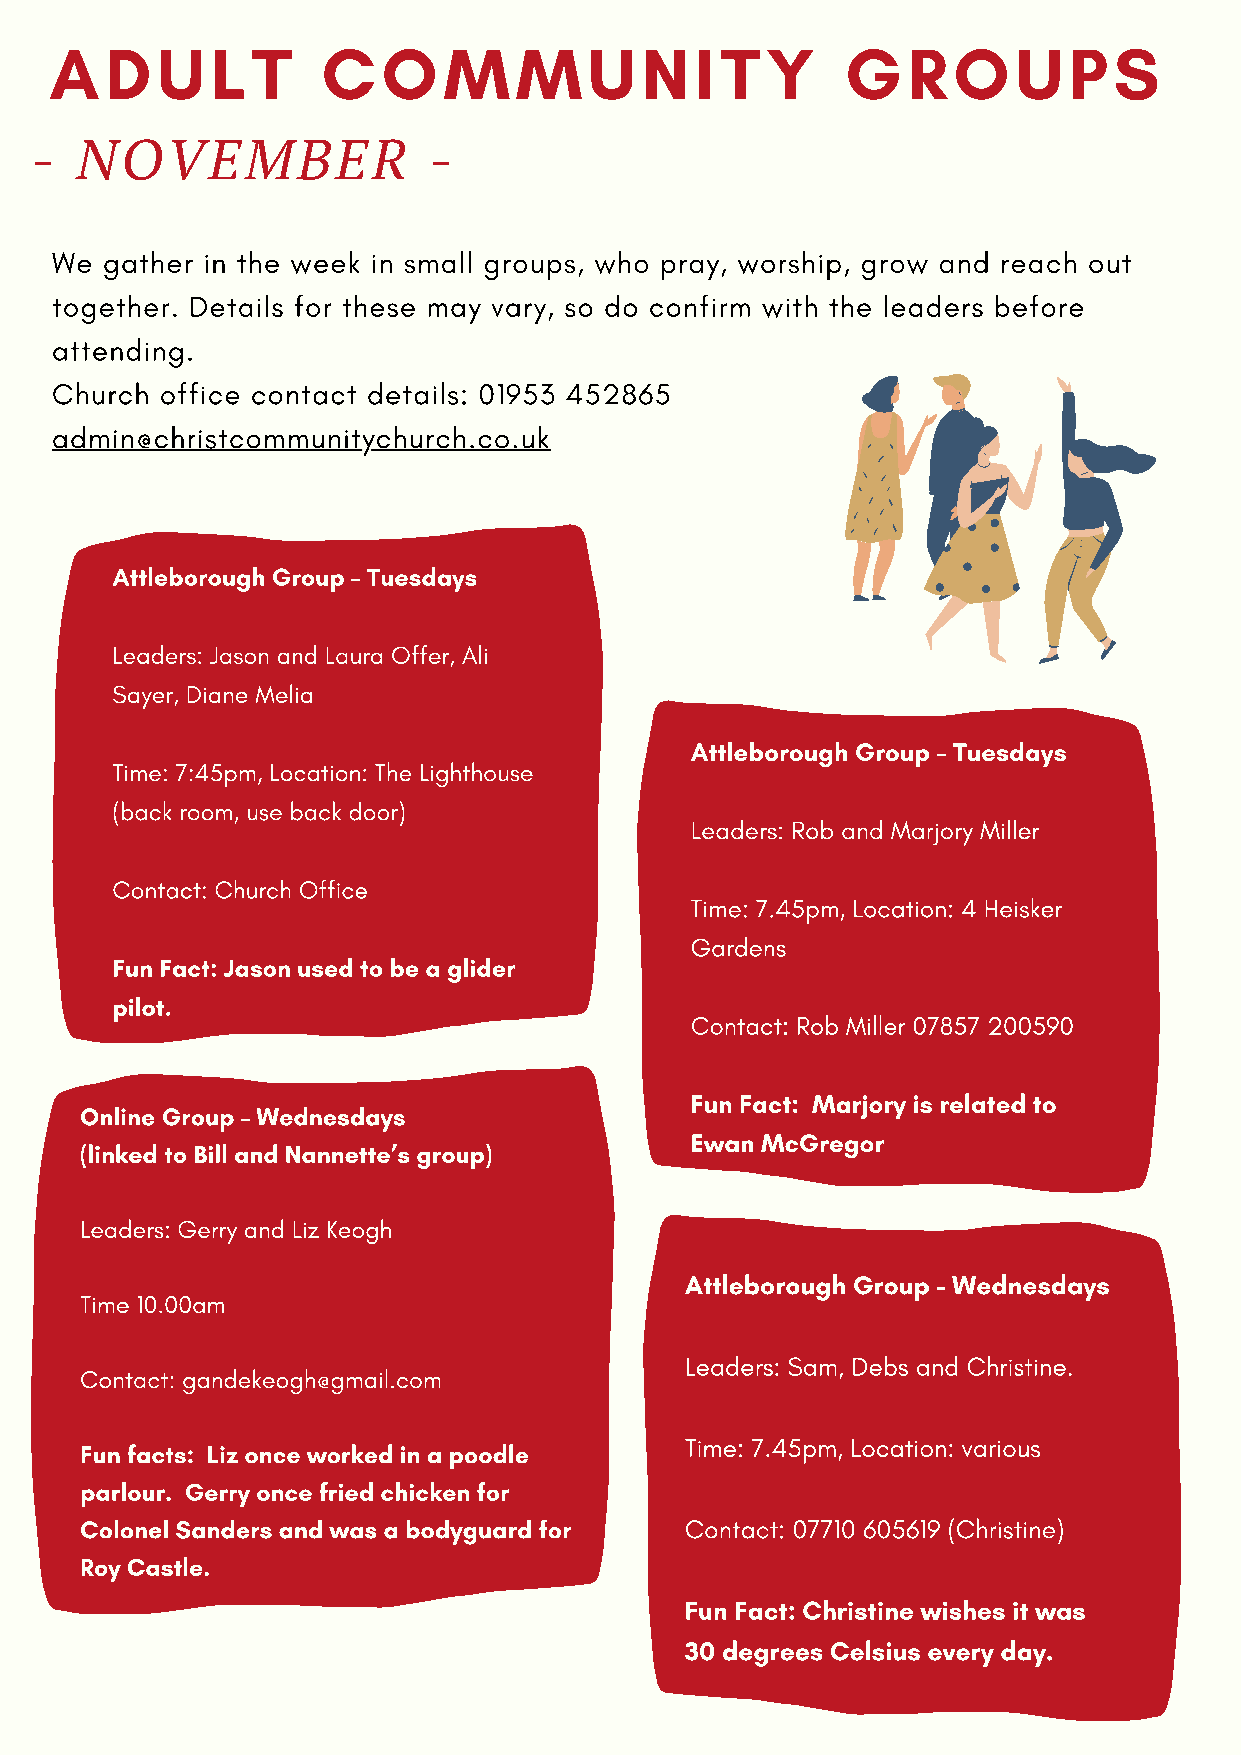
ADULT             COMMUNITY                          GROUPS
 -  NOVEMBER               -
 We  gather in the week in small groups, who pray, worship, grow and reach out
 together. Details for these may vary, so do confirm with the leaders before
 attending.
 Church  office contact details: 01953 452865
 admin@christcommunitychurch.co.uk
 Attleborough Group – Tuesdays
 Leaders: Jason and Laura Offer, Ali
 Sayer, Diane Melia
 Attleborough Group – Tuesdays
 Time: 7:45pm, Location: The Lighthouse
 (back room, use back door)
 Leaders: Rob and Marjory Miller
 Contact: Church Office
 Time: 7.45pm, Location: 4 Heisker
 Gardens
 Fun Fact: Jason used to be a glider
 pilot.
 Contact: Rob Miller 07857 200590
 Fun Fact: Marjory is related to
 Online Group – Wednesdays
 Ewan McGregor
 (linked to Bill and Nannette’s group)
 Leaders: Gerry and Liz Keogh
 Attleborough Group - Wednesdays
 Time 10.00am
 Leaders: Sam, Debs and Christine.
 Contact: gandekeogh@gmail.com
 Some of our ladies meet monthly to pray for our church
 and community. TheTyim weo: 7u.l4d5 plomv,e L otcoa stieoen : yvoauri oauts the next
 Fun facts: Liz once worked in a poodle
 parlour. Gerry once fried chicken ofonre on Sat 9th October, 9am at the Lighthouse.
 Colonel Sanders and was a bodyguard for Contact: 07710 605619 (Christine)
 Roy Castle.
 Matt 21:20-22/James 5:16-18
 Fun Fact: Christine wishes it was
 for more information email royeniyi2002@yahoo.co.uk
 30 degrees Celsius every day.